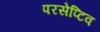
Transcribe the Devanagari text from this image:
परसेप्टिव